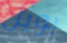
بويل